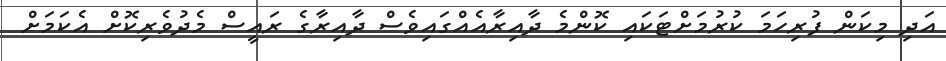
އަދި މިކަން ފުރިހަމަ ކުރުމަށްޓަކައި ކޮންމެ ދާއިރާއެއްގައިވެސް ދާއިރާގެ ރައީސް މެދުވެރިކޮށް އެކަމަށް